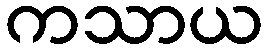
ကသာယ